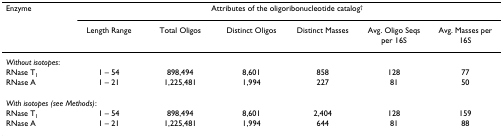
| Enzyme | <COLSPAN=6> Attributes of the oligoribonucleotide catalog† |
 |  | Length Range | Total Oligos | Distinct Oligos | Distinct Masses | Avg. Oligo Seqs per 16S | Avg. Masses per 16S |
 | --- | --- | --- | --- | --- | --- | --- |
 | <COLSPAN=7> Without isotopes: |
 | RNase T1 | 1 – 54 | 898,494 | 8,601 | 858 | 128 | 77 |
 | RNase A | 1 – 21 | 1,225,481 | 1,994 | 227 | 81 | 50 |
 | <COLSPAN=7> With isotopes (see Methods): |
 | RNase T1 | 1 – 54 | 898,494 | 8,601 | 2,404 | 128 | 159 |
 | RNase A | 1 – 21 | 1,225,481 | 1,994 | 644 | 81 | 88 |